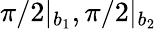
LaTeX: \pi/2|_{b_{1}},\pi/2|_{b_{2}}